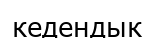
кедендык